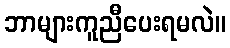
ဘာများကူညီပေးရမလဲ။